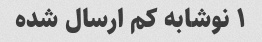
۱ نوشابه کم ارسال شده